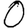
Digit: 0